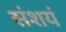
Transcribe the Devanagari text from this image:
संशयं